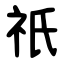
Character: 祇